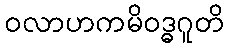
ဝလာဟကမိဝဒ္ဓဂူတိ